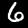
Label: 6